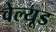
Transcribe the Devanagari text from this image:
वेल्यूड